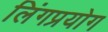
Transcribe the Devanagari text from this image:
लिंगप्रयोग